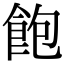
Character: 飽